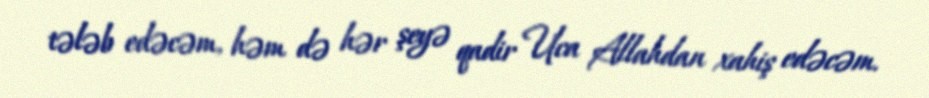
tələb edəcəm, həm də hər şeyə qadir Uca Allahdan xahiş edəcəm.